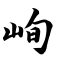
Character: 峋